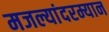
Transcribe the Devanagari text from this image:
मजल्यांदरम्यान